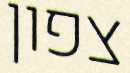
צפון